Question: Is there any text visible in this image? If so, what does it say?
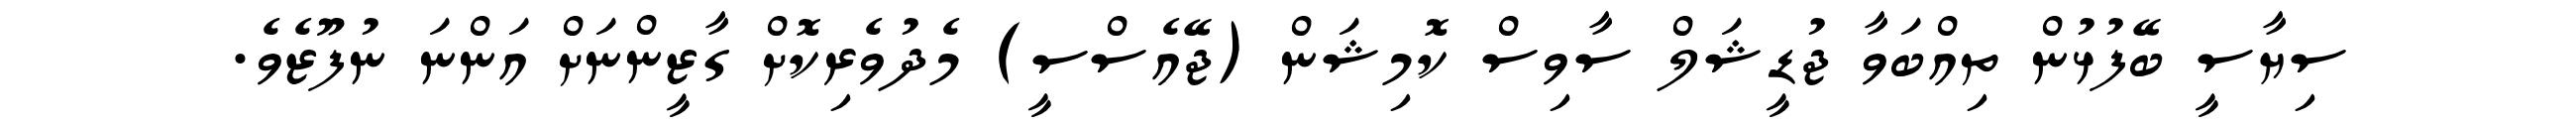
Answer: ސިޔާސީ ބޭފުޅުން ތިއްބަވާ ޖުޑީޝަލް ސާވިސް ކޮމިޝަން (ޖޭއެސްސީ) މެދުވެރިކޮށް ގާޒީންނަށް އަންނަ ނުފޫޒެވެ.